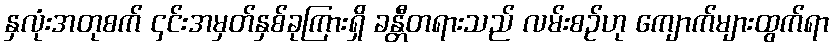
နှလုံးအတုစက် ၄င်းအမှတ်နှစ်ခုကြားရှိ ခန္တီတရားသည် လမ်းစဉ်ဟု ကျောက်များထွက်ရာ